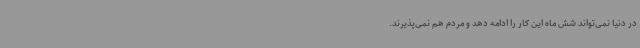
در دنیا نمی‌تواند شش ماه این کار را ادامه دهد و مردم هم نمی‌پذیرند.